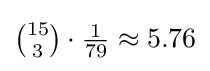
\textstyle {15 \choose 3}\cdot {\frac {1}{79}}\approx 5.76